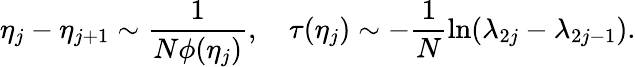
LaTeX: \eta_{j}-\eta_{j+1}\sim\frac{1}{N\phi(\eta_{j})},\quad\tau(\eta_{j})\sim-\frac{1}{N}\ln(\lambda_{2j}-\lambda_{2j-1}).